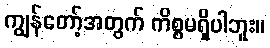
ကျွန်တော့်အတွက် ကိစ္စမရှိပါဘူး။